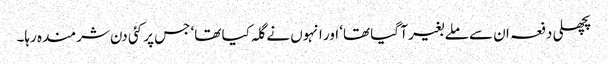
پچھلی دفعہ ان سے ملے بغیر آ گیا تھا‘ اور انہوں نے گلہ کیا تھا‘ جس پر کئی دن شرمندہ رہا۔